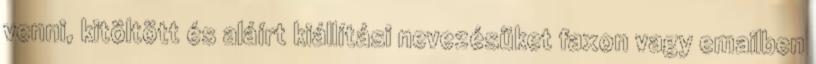
venni, kitöltött és aláírt kiállítási nevezésüket faxon vagy emailben